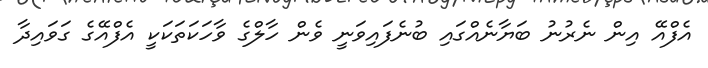
އެެފްއޭ އިން ނެރުނު ބަޔާނެއްގައި ބުނެފައިވަނީ ވެން ހާލްގެ ވާހަކަތަކަކީ އެފްއޭގެ ގަވައިދާ